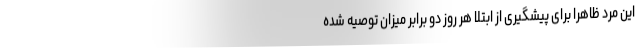
این مرد ظاهرا برای پیشگیری از ابتلا هر روز دو برابر میزان توصیه شده